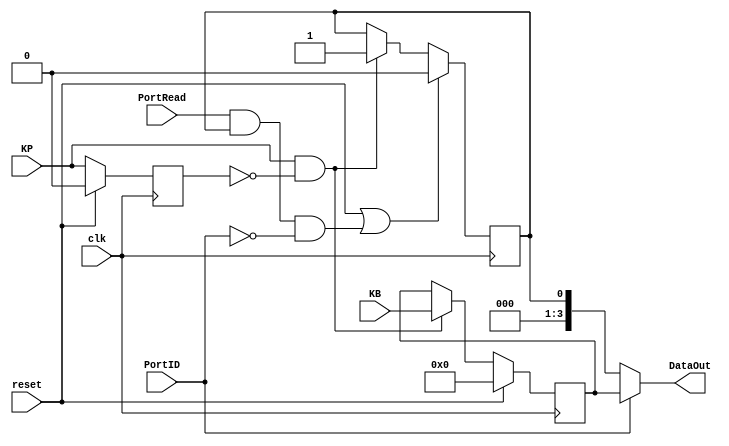
module DataInput ( 	input 	   		clk,
					input       	reset,
					input 	[3:0] 	KB,
					input 	   		KP,
					input	   		PortID,
					input	   		PortRead,
					output 	[3:0] 	DataOut );

reg 	  KPD, Ready;
reg [3:0] Data;

always @ (posedge clk)
	if(reset)
	begin
		KPD  <= 1'b0;
		Data <= 4'b0;
	end else
	begin
		KPD <= KP;
		if(KP & ~KPD) Data <= KB;
	end
	
always @ (posedge clk)
	if(reset | (PortRead & Ready & ~PortID)) Ready <= 1'b0;
	else if(KP & ~KPD) Ready <= 1'b1;

assign DataOut = PortID ? Data : {3'b000, Ready};

endmodule